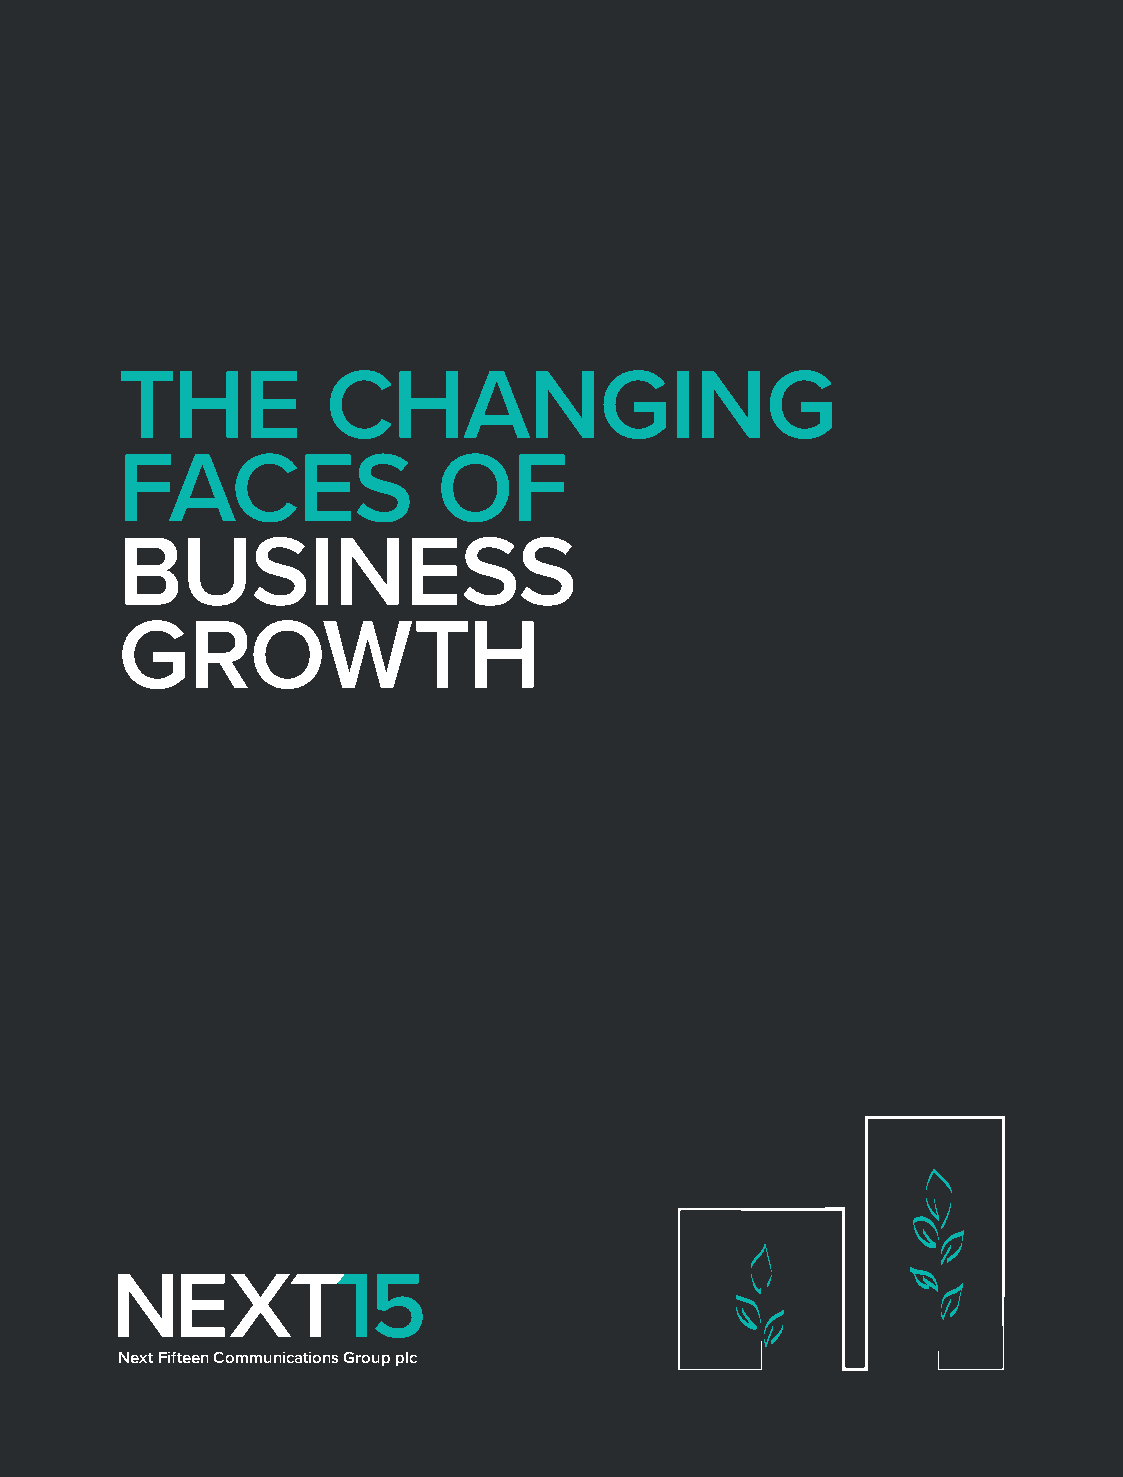
THE           CHANGING
 FACES                OF
 BUSINESS
 GROWTH
 Next Fifteen Communications Group plc